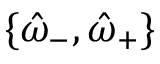
\{ \hat { \omega } _ { - } , \hat { \omega } _ { + } \}